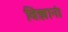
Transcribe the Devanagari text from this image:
विज्ञानं।